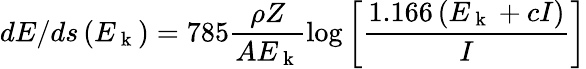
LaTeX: dE/ds\left(E_{\mathrm{~k~}}\right)=785\frac{\rho Z}{AE_{\mathrm{~k~}}}\log{\left[\frac{1.166\left(E_{\mathrm{~k~}}+cI\right)}{I}\right]}